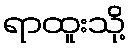
ရာထူးသို့